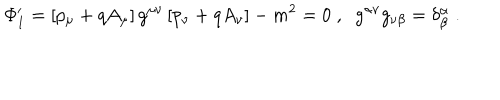
\Phi _ { 1 } ^ { \prime } = \left[ p _ { \mu } + q A _ { \mu } \right] g ^ { \mu \nu } \left[ p _ { \nu } + q A _ { \nu } \right] - m ^ { 2 } = 0 \; , \; \; g ^ { \alpha \nu } g _ { \nu \beta } = \delta _ { \beta } ^ { \alpha } \; .